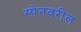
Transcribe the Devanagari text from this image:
स्पेनवरील